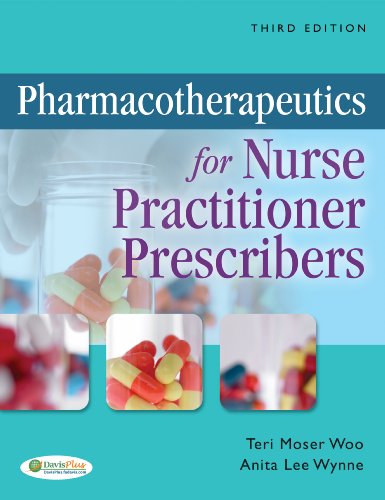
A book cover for Pharmacotherapeutics for Nurse Practitioner Prescribers; Teri Moser Woo PhD  RN  ARNP  CNL  CPNP  FAANP; Medical Books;